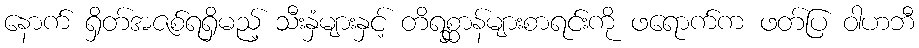
နောက် ရှိတ်အဇစ်ရရှိမည့် သီးနှံများနှင့် တိရစ္ဆာန်များစာရင်းကို ဖရောက်က ဖတ်ပြ ဝါဟဘီ